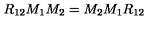
R _ { 1 2 } M _ { 1 } M _ { 2 } = M _ { 2 } M _ { 1 } R _ { 1 2 }